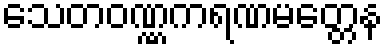
သေတဝဏ္ဏကရဏမတ္တေန